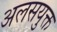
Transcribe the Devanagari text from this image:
अलसयुक्त